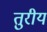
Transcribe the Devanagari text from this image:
तुरीयं